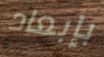
بإبعاد